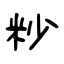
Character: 粆